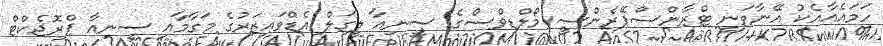
ހަމައެއާއެކު އޭނާވަނީ ޓްރާންސްޕޭރެންސީ މޯލްޑިވްސްގެ ސީނިއާ ލީގަލް އެޑްވައިޒަރުގެ މަގާމާއި ސީނިއާ ޕްރޮޖެކްޓް